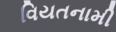
વિયતનામી